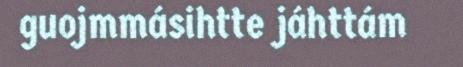
guojmmásihtte jáhttám